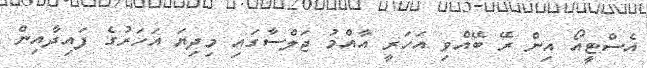
އެސްޓީއޯ އިން ރޭ ބޭއްވި އަހަރީ އާއްމު ޖަލްސާގައި މިދިޔަ އަހަރުގެ ފައިދާއިން